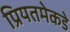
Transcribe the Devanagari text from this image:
प्रियतमेकडे